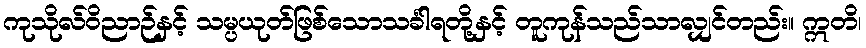
ကုသိုလ်ဝိညာဉ်နှင့် သမ္ပယုတ်ဖြစ်သောသင်္ခါရတို့နှင့် တူကုန်သည်သာလျှင်တည်း။ ဣတိ၊